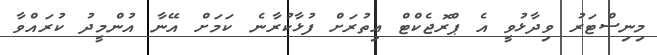
މިނިސްޓަރު ވިދާޅުވީ އެ ޕްރޮޖެކްޓް އިތުރަށް ފުޅާކުރާނެ ކަމަށް އޭނާ އުންމީދު ކުރައްވާ